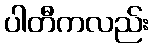
ပါတီကလည်း